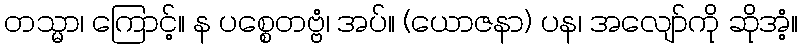
တသ္မာ၊ ကြောင့်။ န ပစ္စေတဗ္ဗံ၊ အပ်။ (ယောဇနာ) ပန၊ အလျော်ကို ဆိုအံ့။